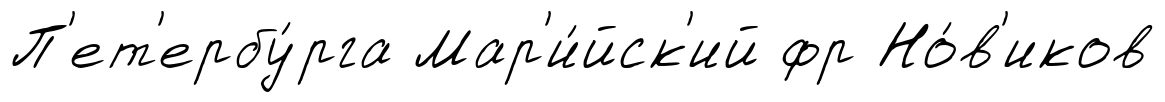
П'ет'ербу́рга Мар'и́йск'ий фр Но́в'иков